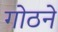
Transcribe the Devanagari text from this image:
गोठने